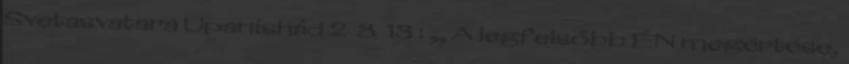
Svetasvatara Upanishád 2 8 13 : „ A legfelsőbb ÉN megértése,